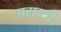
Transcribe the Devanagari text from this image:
मरायचे